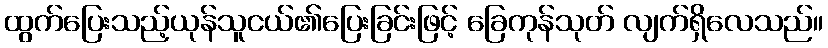
ထွက်ပြေးသည့်ယုန်သူငယ်၏ပြေးခြင်းဖြင့် ခြေကုန်သုတ် လျက်ရှိလေသည်။